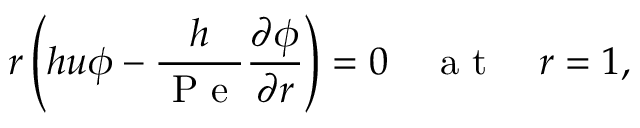
r \left( h u \phi - \frac { h } { \mathrm { ~ P ~ e ~ } } \frac { \partial \phi } { \partial r } \right) = 0 \quad \mathrm { ~ a ~ t ~ } \quad r = 1 ,